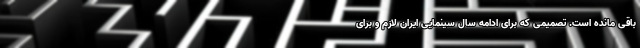
باقی مانده است. تصمیمی که برای ادامه سال سینمایی ایران لازم و برای